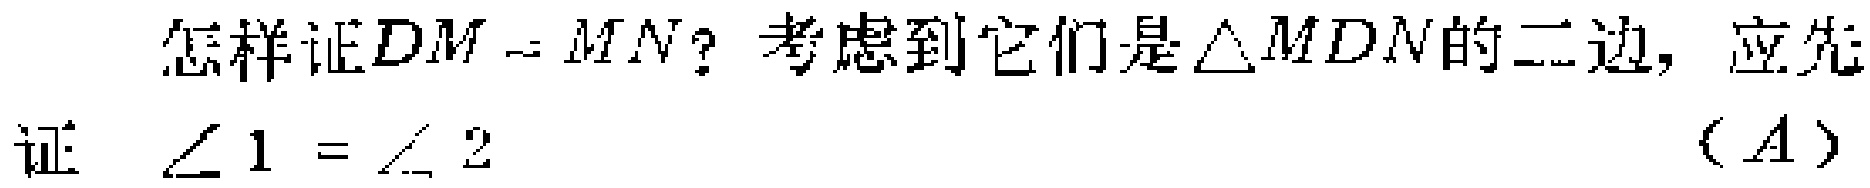
怎样证$DM = MN$？考虑到它们是$\triangle MDN$的二边，应先证 $\angle 1 = \angle 2$ （$A$）